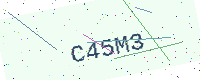
Text: C45M3